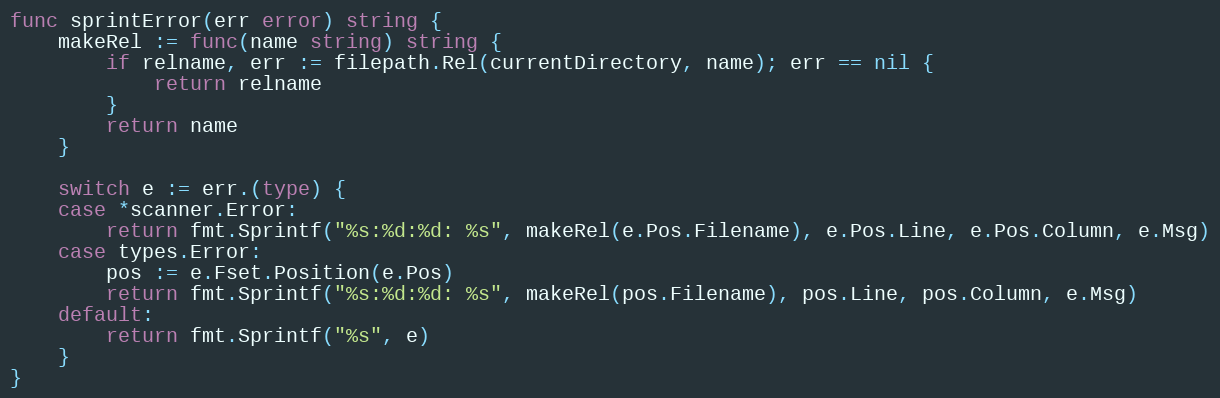
Language: Go
func sprintError(err error) string {
	makeRel := func(name string) string {
		if relname, err := filepath.Rel(currentDirectory, name); err == nil {
			return relname
		}
		return name
	}

	switch e := err.(type) {
	case *scanner.Error:
		return fmt.Sprintf("%s:%d:%d: %s", makeRel(e.Pos.Filename), e.Pos.Line, e.Pos.Column, e.Msg)
	case types.Error:
		pos := e.Fset.Position(e.Pos)
		return fmt.Sprintf("%s:%d:%d: %s", makeRel(pos.Filename), pos.Line, pos.Column, e.Msg)
	default:
		return fmt.Sprintf("%s", e)
	}
}